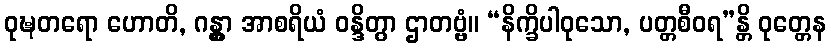
ဝုဍ္ဎတရော ဟောတိ, ဂန္တွာ အာစရိယံ ဝန္ဒိတွာ ဌာတဗ္ဗံ။ “နိက္ခိပါဝုသော, ပတ္တစီဝရ”န္တိ ဝုတ္တေန